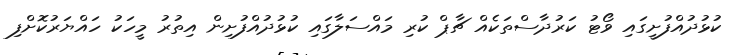
ކުޅުދުއްފުށީގައި ވޯޓު ކަރުދާސްތަކެއް ޗާޕް ކުރި މައްސަލާގައި ކުޅުދުއްފުށިން އިތުރު މީހަކު ހައްޔަރުކޮށްފި